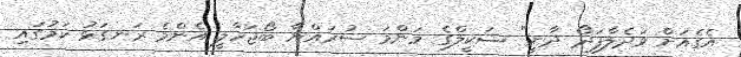
އެގެއަށް ވަދެލާފަދޯ ދާނީ" ޝަކީލްގެ މަންމަ ސުރައްޔާ ބޯޖަހާލީ އެންމެ ރަނގަޅު ކަމުގައި